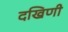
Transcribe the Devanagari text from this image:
दखिणी